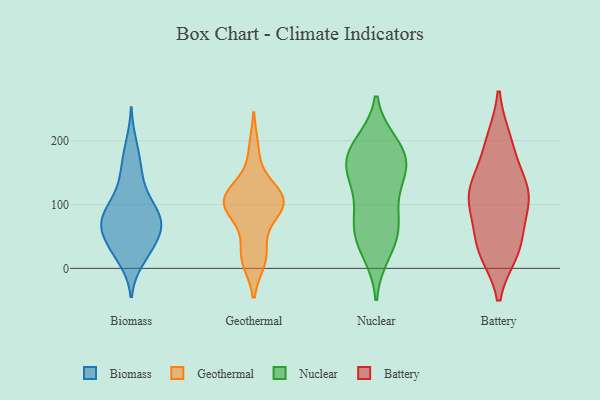
{"axis": {"x": "Gross Profit (USD K)", "y": "Value"}, "legend": ["Battery", "Biomass", "Geothermal", "Nuclear"], "data": [{"x": "", "y": 19, "type": "Biomass"}, {"x": "", "y": 119, "type": "Biomass"}, {"x": "", "y": 13, "type": "Biomass"}, {"x": "", "y": 70, "type": "Biomass"}, {"x": "", "y": 76, "type": "Biomass"}, {"x": "", "y": 124, "type": "Biomass"}, {"x": "", "y": 68, "type": "Biomass"}, {"x": "", "y": 85, "type": "Biomass"}, {"x": "", "y": 164, "type": "Biomass"}, {"x": "", "y": 42, "type": "Biomass"}, {"x": "", "y": 91, "type": "Biomass"}, {"x": "", "y": 65, "type": "Biomass"}, {"x": "", "y": 93, "type": "Biomass"}, {"x": "", "y": 31, "type": "Biomass"}, {"x": "", "y": 73, "type": "Biomass"}, {"x": "", "y": 195, "type": "Biomass"}, {"x": "", "y": 157, "type": "Biomass"}, {"x": "", "y": 39, "type": "Biomass"}, {"x": "", "y": 59, "type": "Biomass"}, {"x": "", "y": 81, "type": "Geothermal"}, {"x": "", "y": 105, "type": "Geothermal"}, {"x": "", "y": 187, "type": "Geothermal"}, {"x": "", "y": 30, "type": "Geothermal"}, {"x": "", "y": 104, "type": "Geothermal"}, {"x": "", "y": 96, "type": "Geothermal"}, {"x": "", "y": 119, "type": "Geothermal"}, {"x": "", "y": 16, "type": "Geothermal"}, {"x": "", "y": 113, "type": "Geothermal"}, {"x": "", "y": 123, "type": "Geothermal"}, {"x": "", "y": 12, "type": "Geothermal"}, {"x": "", "y": 94, "type": "Geothermal"}, {"x": "", "y": 155, "type": "Nuclear"}, {"x": "", "y": 92, "type": "Nuclear"}, {"x": "", "y": 195, "type": "Nuclear"}, {"x": "", "y": 25, "type": "Nuclear"}, {"x": "", "y": 74, "type": "Nuclear"}, {"x": "", "y": 145, "type": "Nuclear"}, {"x": "", "y": 41, "type": "Nuclear"}, {"x": "", "y": 182, "type": "Nuclear"}, {"x": "", "y": 187, "type": "Nuclear"}, {"x": "", "y": 150, "type": "Nuclear"}, {"x": "", "y": 73, "type": "Nuclear"}, {"x": "", "y": 145, "type": "Nuclear"}, {"x": "", "y": 52, "type": "Nuclear"}, {"x": "", "y": 182, "type": "Nuclear"}, {"x": "", "y": 106, "type": "Battery"}, {"x": "", "y": 52, "type": "Battery"}, {"x": "", "y": 200, "type": "Battery"}, {"x": "", "y": 105, "type": "Battery"}, {"x": "", "y": 32, "type": "Battery"}, {"x": "", "y": 127, "type": "Battery"}, {"x": "", "y": 196, "type": "Battery"}, {"x": "", "y": 110, "type": "Battery"}, {"x": "", "y": 29, "type": "Battery"}, {"x": "", "y": 146, "type": "Battery"}, {"x": "", "y": 113, "type": "Battery"}, {"x": "", "y": 27, "type": "Battery"}]}